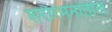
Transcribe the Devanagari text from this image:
शरीरमनातील